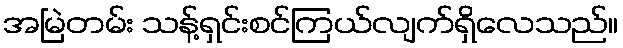
အမြဲတမ်း သန့်ရှင်းစင်ကြယ်လျက်ရှိလေသည်။